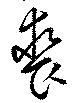
裘